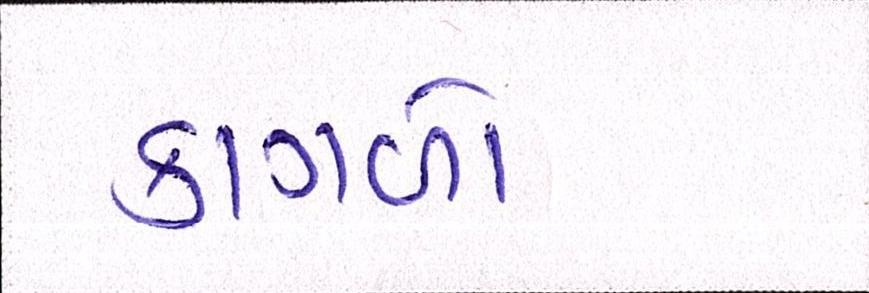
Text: કાગળો